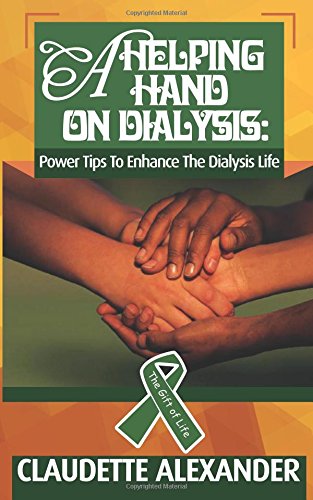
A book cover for A Helping Hand On Dialysis: Power Tips To Enhance The Dialysis Life; Claudette Alexander; Health, Fitness & Dieting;